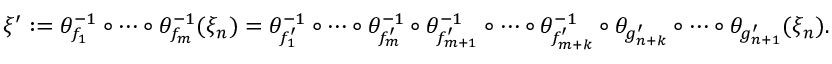
\xi ^ { \prime } : = \theta _ { f _ { 1 } } ^ { - 1 } \circ \cdots \circ \theta _ { f _ { m } } ^ { - 1 } ( \xi _ { n } ) = \theta _ { f _ { 1 } ^ { \prime } } ^ { - 1 } \circ \cdots \circ \theta _ { f _ { m } ^ { \prime } } ^ { - 1 } \circ \theta _ { f _ { m + 1 } ^ { \prime } } ^ { - 1 } \circ \cdots \circ \theta _ { f _ { m + k } ^ { \prime } } ^ { - 1 } \circ \theta _ { g _ { n + k } ^ { \prime } } \circ \cdots \circ \theta _ { g _ { n + 1 } ^ { \prime } } ( \xi _ { n } ) .